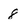
Character: 8